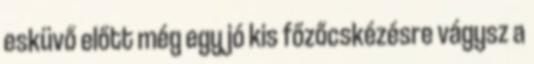
esküvő előtt még egy jó kis főzőcskézésre vágysz a